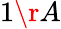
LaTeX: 1\r A